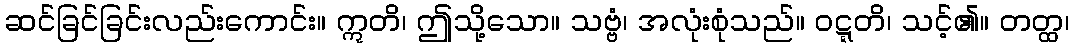
ဆင်ခြင်ခြင်းလည်းကောင်း။ ဣတိ၊ ဤသို့သော။ သဗ္ဗံ၊ အလုံးစုံသည်။ ဝဋ္ဋတိ၊ သင့်၏။ တတ္ထ၊